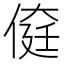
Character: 𠋽